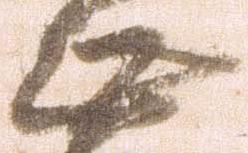
無